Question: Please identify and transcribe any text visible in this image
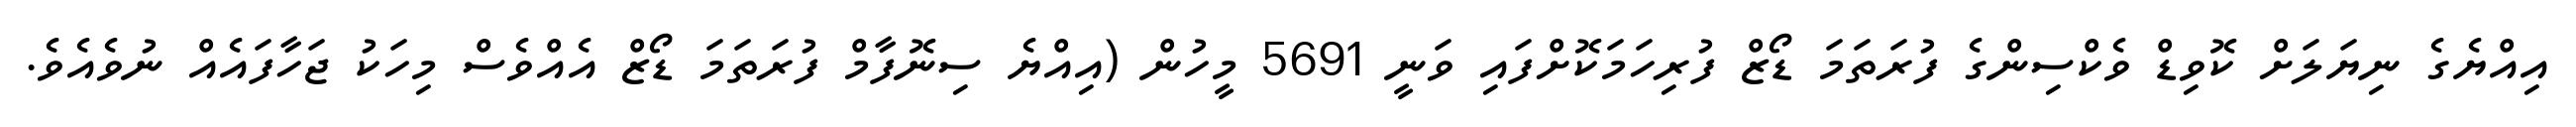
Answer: އިއްޔެގެ ނިޔަލަށް ކޮވިޑް ވެކްސިންގެ ފުރަތަމަ ޑޯޒް ފުރިހަމަކޮށްފައި ވަނީ 5691 މީހުން (އިއްޔެ ސިނޮފާމް ފުރަތަމަ ޑޯޒް އެއްވެސް މިހަކު ޖަހާފައެއް ނުވެއެވެ.